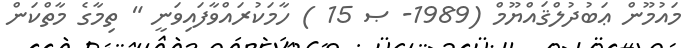
މައުމޫން ޢަބުދުލްޤައްޔޫމް (1989- ޞ 15 ) ހާމަކުރައްވާފައިވަނީ " ތިމާގެ މާތްކަން